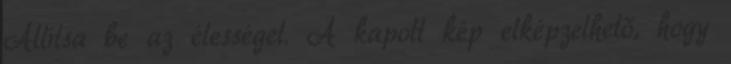
Állítsa be az élességet. A kapott kép elképzelhető, hogy